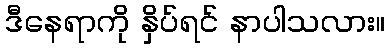
ဒီနေရာကို နှိပ်ရင် နာပါသလား။